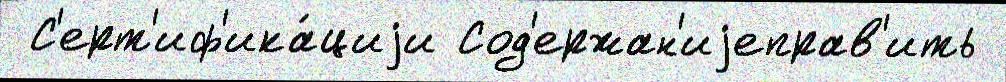
 С'ерт'иф'ика́циjи Сод'ержан'иjеправ'ить